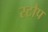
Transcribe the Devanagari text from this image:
स्टौप